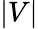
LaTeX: \lvert V\rvert